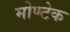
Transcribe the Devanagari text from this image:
मोण्टेक